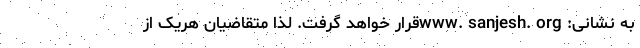
به نشانی: www. sanjesh. orgقرار خواهد گرفت. لذا متقاضیان هریک از